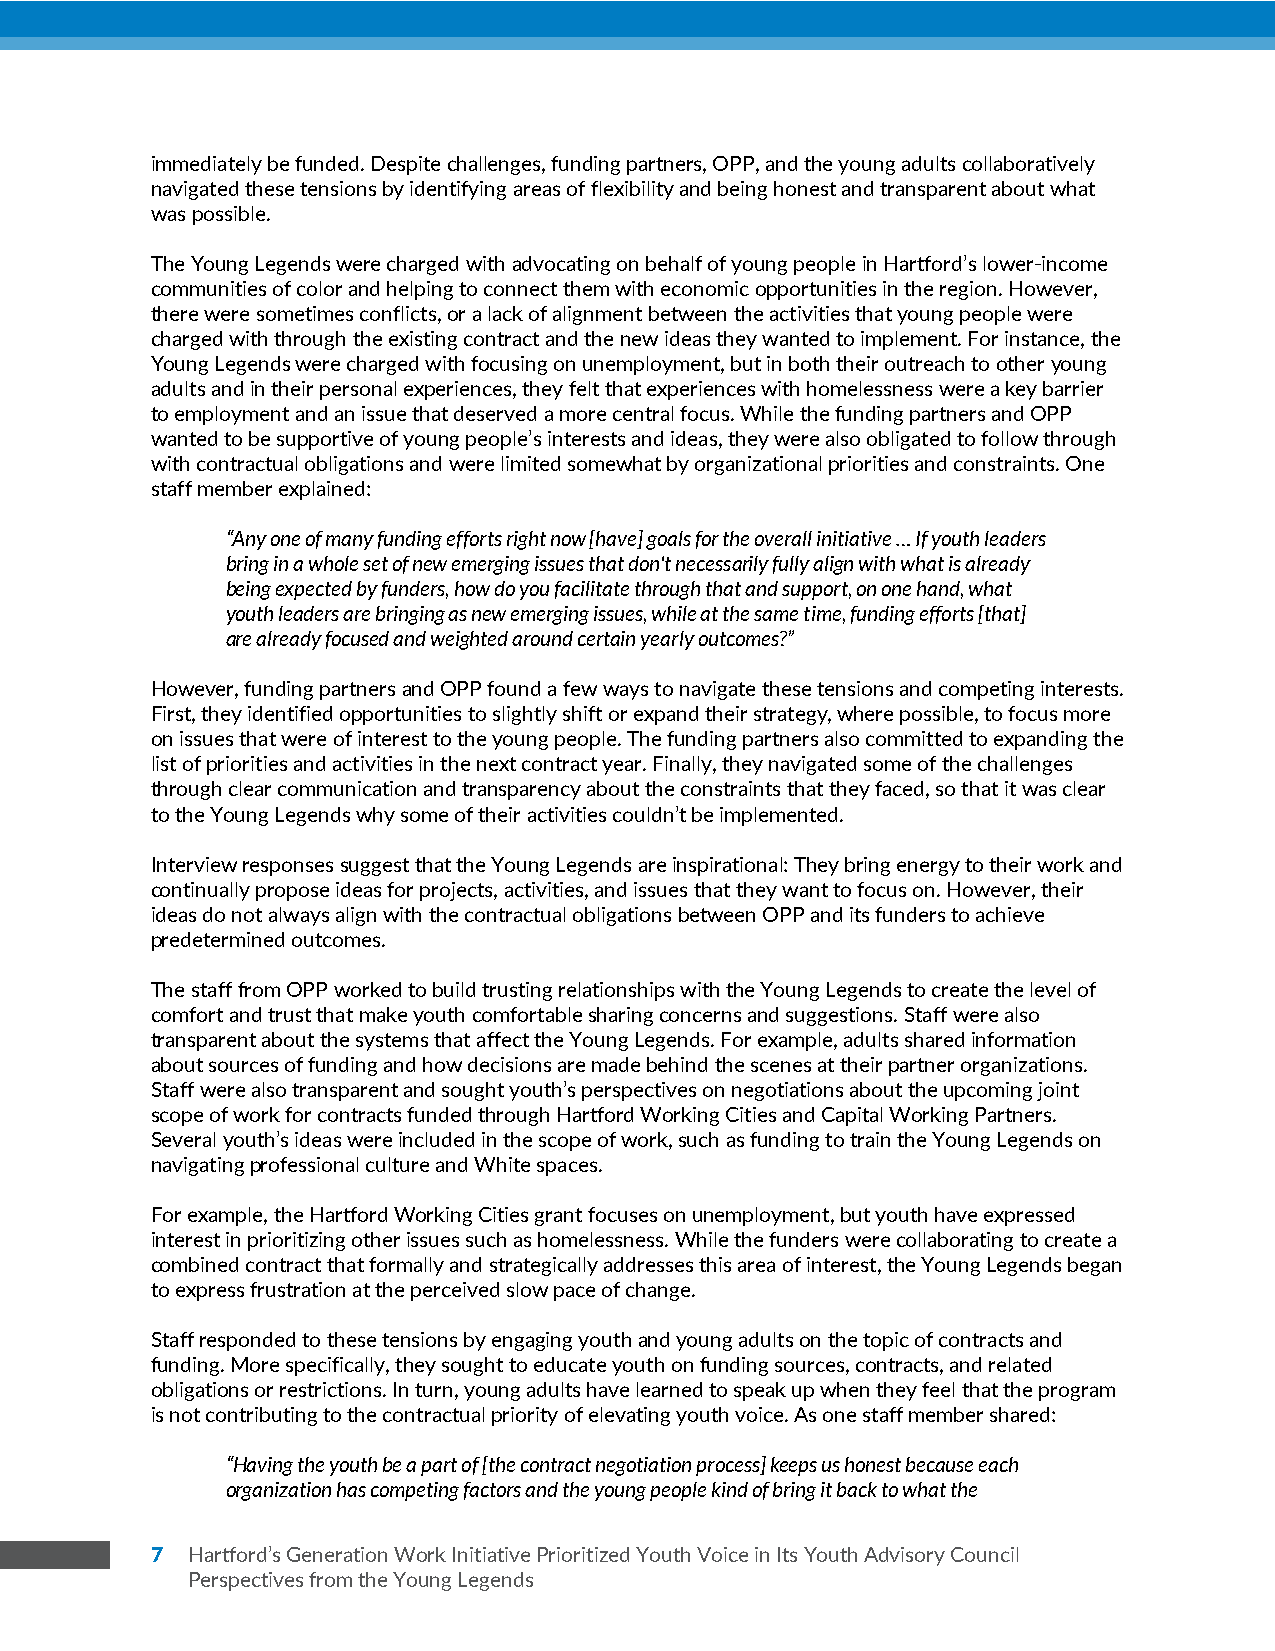
z
 immediately be funded. Despite challenges, funding partners, OPP, and the young adults collaboratively
 navigated these tensions by identifying areas of flexibility and being honest and transparent about what
 was possible.
 The Young Legends were charged with advocating on behalf of young people in Hartford’s lower-income
 communities of color and helping to connect them with economic opportunities in the region. However,
 there were sometimes conflicts, or a lack of alignment between the activities that young people were
 charged with through the existing contract and the new ideas they wanted to implement. For instance, the
 Young Legends were charged with focusing on unemployment, but in both their outreach to other young
 adults and in their personal experiences, they felt that experiences with homelessness were a key barrier
 to employment and an issue that deserved a more central focus. While the funding partners and OPP
 wanted to be supportive of young people’s interests and ideas, they were also obligated to follow through
 with contractual obligations and were limited somewhat by organizational priorities and constraints. One
 staff member explained:
 “Any one of many funding efforts right now [have] goals for the overall initiative … If youth leaders
 bring in a whole set of new emerging issues that don't necessarily fully align with what is already
 being expected by funders, how do you facilitate through that and support, on one hand, what
 youth leaders are bringing as new emerging issues, while at the same time, funding efforts [that]
 are already focused and weighted around certain yearly outcomes?”
 However, funding partners and OPP found a few ways to navigate these tensions and competing interests.
 First, they identified opportunities to slightly shift or expand their strategy, where possible, to focus more
 on issues that were of interest to the young people. The funding partners also committed to expanding the
 list of priorities and activities in the next contract year. Finally, they navigated some of the challenges
 through clear communication and transparency about the constraints that they faced, so that it was clear
 to the Young Legends why some of their activities couldn’t be implemented.
 Interview responses suggest that the Young Legends are inspirational: They bring energy to their work and
 continually propose ideas for projects, activities, and issues that they want to focus on. However, their
 ideas do not always align with the contractual obligations between OPP and its funders to achieve
 predetermined outcomes.
 The staff from OPP worked to build trusting relationships with the Young Legends to create the level of
 comfort and trust that make youth comfortable sharing concerns and suggestions. Staff were also
 transparent about the systems that affect the Young Legends. For example, adults shared information
 about sources of funding and how decisions are made behind the scenes at their partner organizations.
 Staff were also transparent and sought youth’s perspectives on negotiations about the upcoming joint
 scope of work for contracts funded through Hartford Working Cities and Capital Working Partners.
 Several youth’s ideas were included in the scope of work, such as funding to train the Young Legends on
 navigating professional culture and White spaces.
 For example, the Hartford Working Cities grant focuses on unemployment, but youth have expressed
 interest in prioritizing other issues such as homelessness. While the funders were collaborating to create a
 combined contract that formally and strategically addresses this area of interest, the Young Legends began
 to express frustration at the perceived slow pace of change.
 Staff responded to these tensions by engaging youth and young adults on the topic of contracts and
 funding. More specifically, they sought to educate youth on funding sources, contracts, and related
 obligations or restrictions. In turn, young adults have learned to speak up when they feel that the program
 is not contributing to the contractual priority of elevating youth voice. As one staff member shared:
 “Having the youth be a part of [the contract negotiation process] keeps us honest because each
 organization has competing factors and the young people kind of bring it back to what the
 7 Hartford’s Generation Work Initiative Prioritized Youth Voice in Its Youth Advisory Council
 Perspectives from the Young Legends